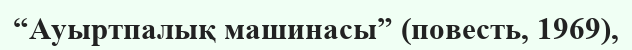
“Ауыртпалық машинасы” (повесть, 1969),